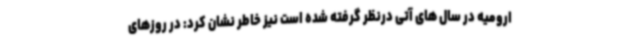
ارومیه در سال های آتی درنظر گرفته شده است نیز خاطر نشان کرد: در روزهای